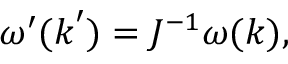
\omega ^ { \prime } ( \boldsymbol { k } ^ { \prime } ) = J ^ { - 1 } \omega ( \boldsymbol { k } ) ,